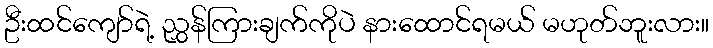
ဦးထင်ကျော်ရဲ့ ညွှန်ကြားချက်ကိုပဲ နားထောင်ရမယ် မဟုတ်ဘူးလား။